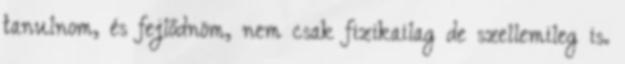
tanulnom, és fejlődnöm, nem csak fizikailag de szellemileg is.